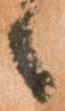
へ